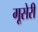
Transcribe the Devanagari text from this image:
गूसेरी